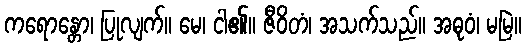
ကရောန္တော၊ ပြုလျက်။ မေ၊ ငါ၏။ ဇီဝိတံ၊ အသက်သည်။ အဓုဝံ၊ မမြဲ။